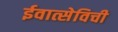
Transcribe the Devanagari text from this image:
ईवात्सेविची